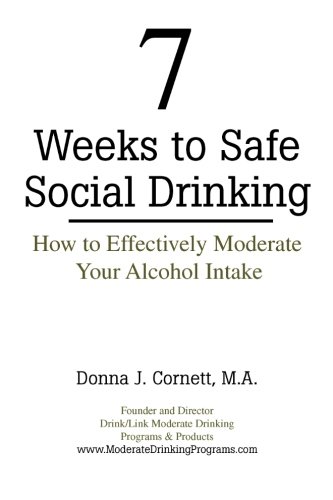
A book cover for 7 Weeks to Safe Social Drinking: How to Effectively Moderate Your Alcohol Intake: How to Effectively Moderate Your Alcohol Intake; Donna J. Cornett; Self-Help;